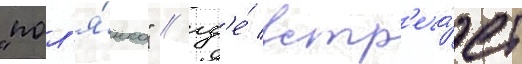
"пол'я́нка" / гд'е́ встр'еча́ет